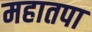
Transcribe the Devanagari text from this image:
महातपा